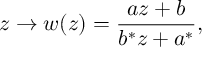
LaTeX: z \to w ( z ) = \frac { a z + b } { b ^ { * } z + a ^ { * } } ,